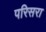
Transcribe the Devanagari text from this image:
परिसरा